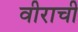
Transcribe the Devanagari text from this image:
वीराची